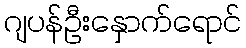
ဂျပန်ဦးနှောက်ရောင်